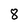
Character: 8